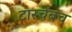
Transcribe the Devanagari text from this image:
टास्चेंबच